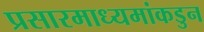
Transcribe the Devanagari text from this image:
प्रसारमाध्यमांकडुन